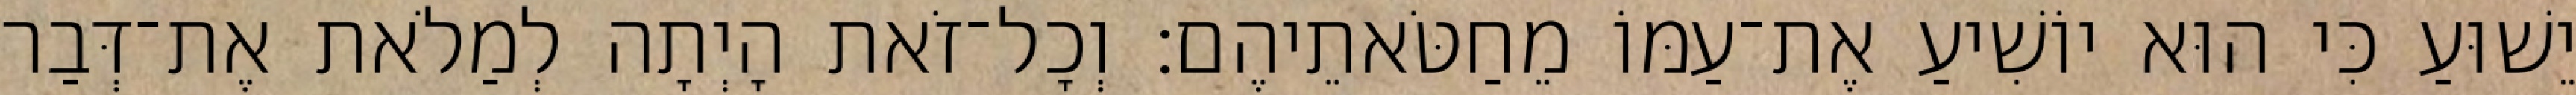
יֵשׁוּעַ כִּי הוּא יוֹשִׁיעַ אֶת־עַמּוֹ מֵחַטֹּאתֵיהֶם׃ וְכָל־זֹאת הָיְתָה לְמַלֹאת אֶת־דְּבַר